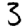
Digit: 3